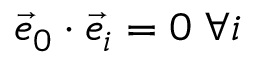
\vec { e } _ { 0 } \cdot \vec { e } _ { i } = 0 \; \forall i